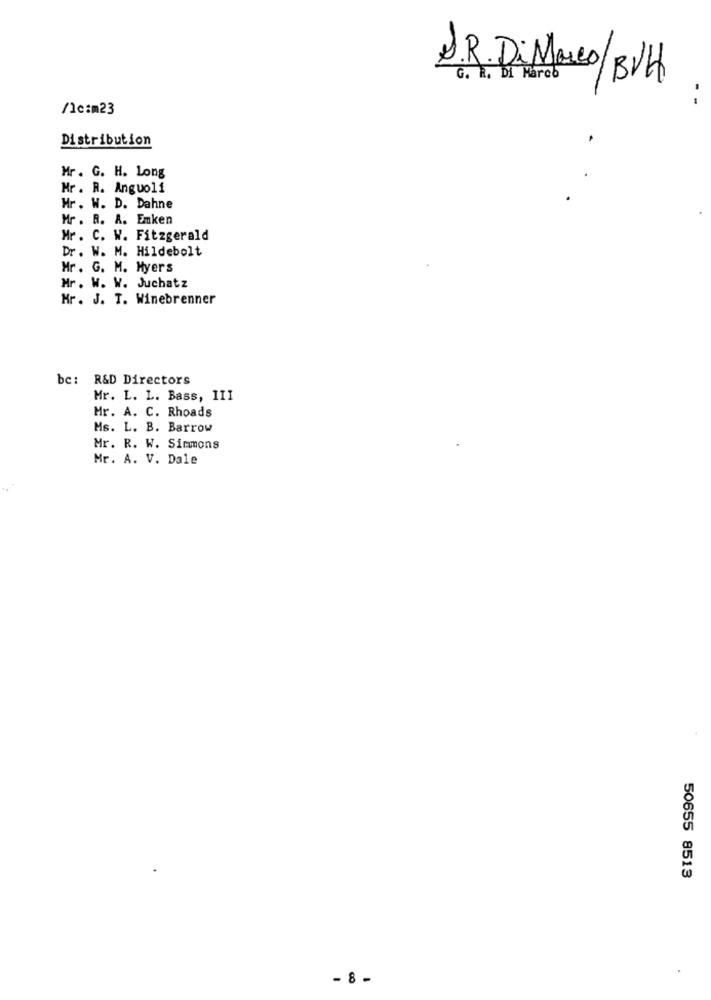
S.R. Di Marco/BVH
G. R. Di Marco
/1c:m23
Distribution
Mr . G. H. Long
Hr . R. Anguoli
Hr . W. D. Dahne
Mr . R. A. Emken
Mr. C. W. Fitzgerald
Dr. W. M. Hildebolt
Hr . G. M. Myers
Mr. W. W. Juchatz
Hr. J. T. Winebrenner
bc: R&D Directors
Mr. L. L. Bass, III
Mr. A. C. Rhoads
Ms. L. B. Barrow
Mr. R. W. Simmons
Mr. A. V. Dale
50655 8513
- 8 -